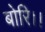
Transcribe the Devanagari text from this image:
बोरि।।